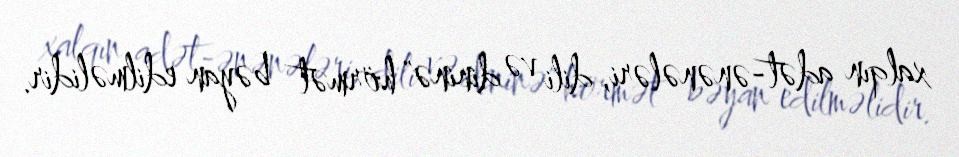
xalqın adət-ənənələri, dili və dininə" hörmət bəyan edilməlidir.